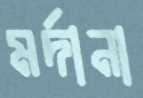
মর্দানা